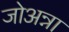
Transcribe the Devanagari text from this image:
जोअन्ना